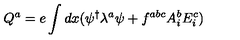
Q ^ { a } = e \int d x ( \psi ^ { \dagger } \lambda ^ { a } \psi + f ^ { a b c } A _ { i } ^ { b } E _ { i } ^ { c } )